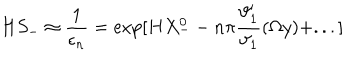
H S _ { - } \approx \frac { 1 } { \epsilon _ { n } } = \exp [ H X _ { -- } ^ { 0 } n \pi \frac { \vartheta _ { 1 } ^ { \prime } } { \vartheta _ { 1 } } ( \Omega y ) + . . . ]